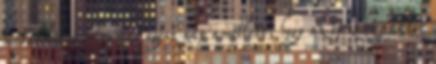
metabolikus folyamat egész nap amellett, hogy az éjszaka, akkor